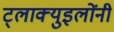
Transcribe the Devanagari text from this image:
ट्लाक्युइलोंनी